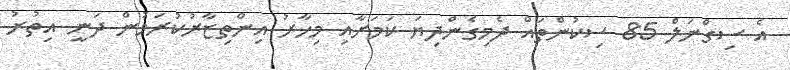
އެ ސިގްނަލް 85 ސިކުންތައް ދެމިގެންދިޔަ ކަމަށާއި މިހާރު އިންތިޒާރުކުރަމުން ދަނީ އިތުރު